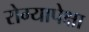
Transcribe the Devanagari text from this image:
रोग्यापेक्षा